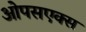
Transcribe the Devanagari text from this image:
ओपसएक्स